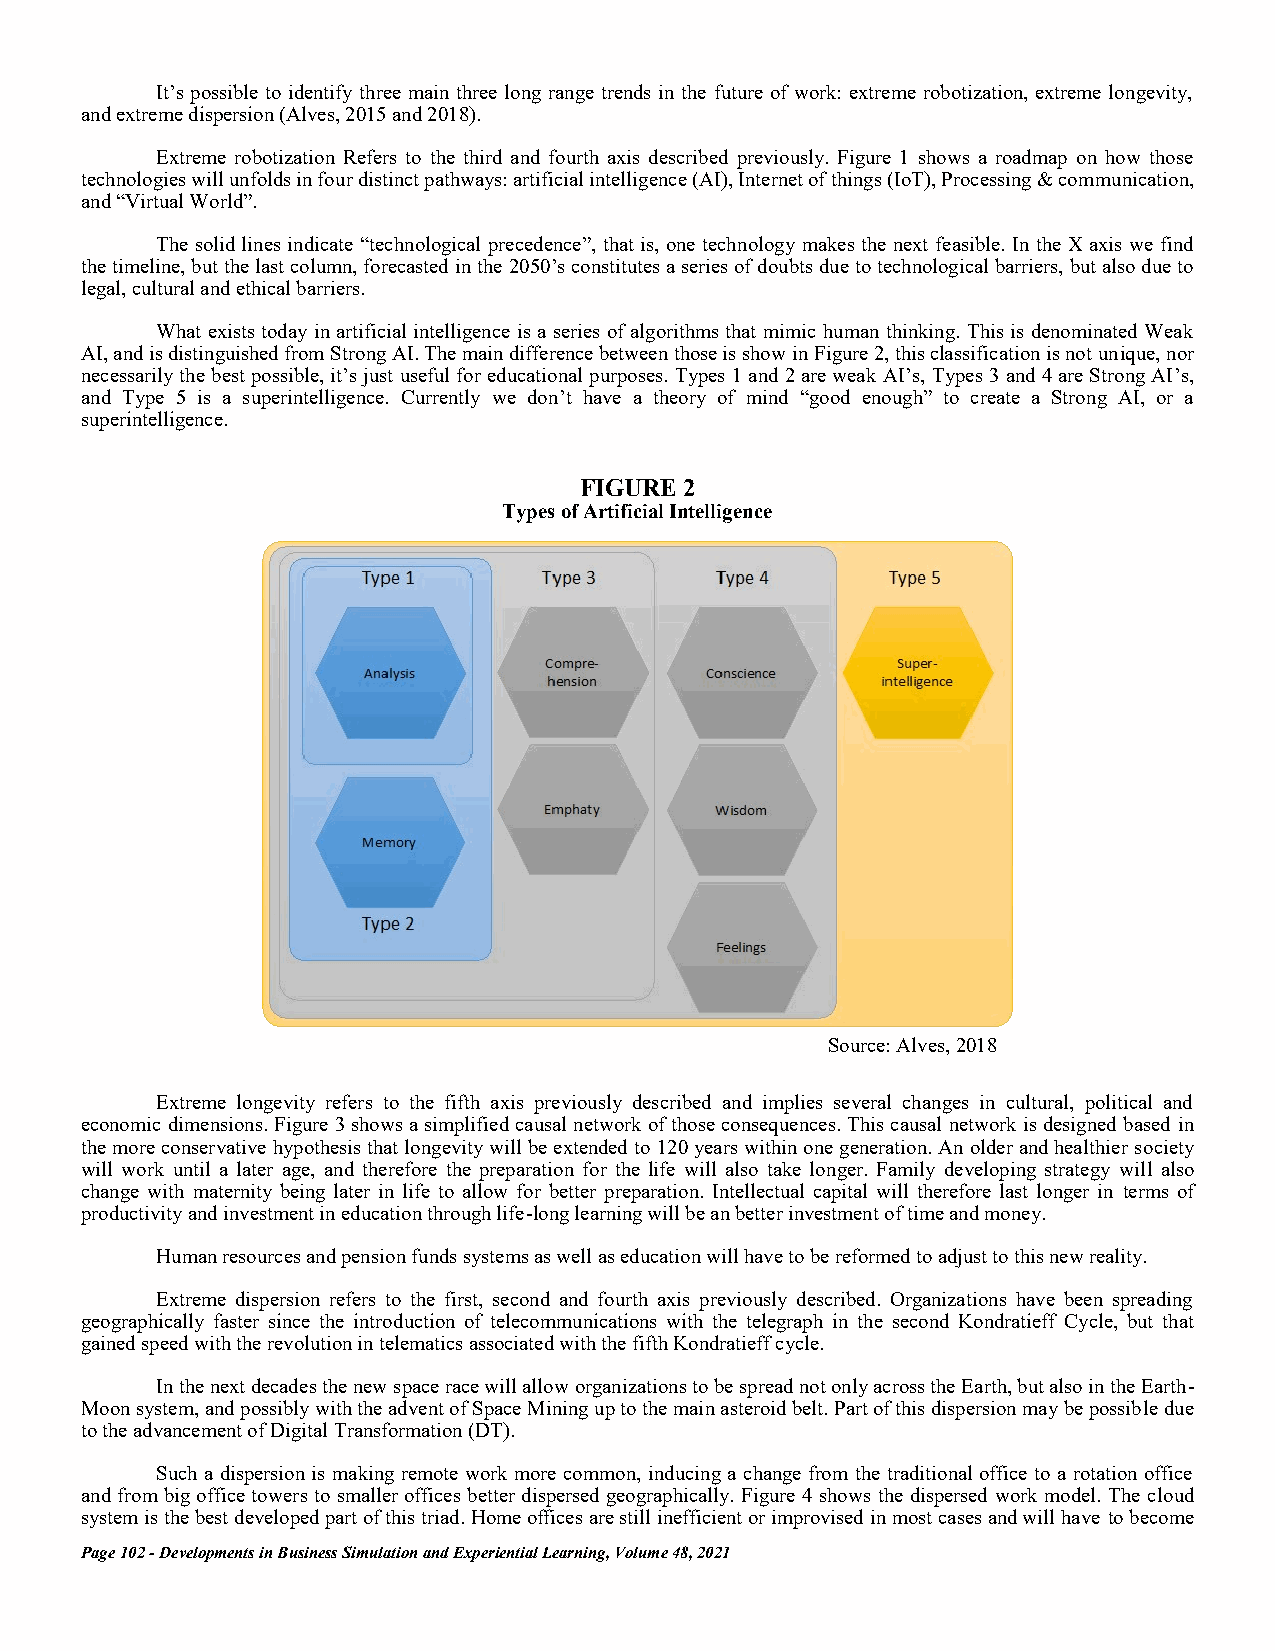
It’s possible to identify three main three long range trends in the future of work: extreme robotization, extreme longevity,
 and extreme dispersion (Alves, 2015 and 2018).
 Extreme robotization Refers to the third and fourth axis described previously. Figure 1 shows a roadmap on how those
 technologies will unfolds in four distinct pathways: artificial intelligence (AI), Internet of things (IoT), Processing & communication,
 and “Virtual World”.
 The solid lines indicate “technological precedence”, that is, one technology makes the next feasible. In the X axis we find
 the timeline, but the last column, forecasted in the 2050’s constitutes a series of doubts due to technological barriers, but also due to
 legal, cultural and ethical barriers.
 What exists today in artificial intelligence is a series of algorithms that mimic human thinking. This is denominated Weak
 AI, and is distinguished from Strong AI. The main difference between those is show in Figure 2, this classification is not unique, nor
 necessarily the best possible, it’s just useful for educational purposes. Types 1 and 2 are weak AI’s, Types 3 and 4 are Strong AI’s,
 and Type 5 is a superintelligence. Currently we don’t have a theory of mind “good enough” to create a Strong AI, or a
 superintelligence.
 FIGURE 2
 Types of Artificial Intelligence
 Source: Alves, 2018
 Extreme longevity refers to the fifth axis previously described and implies several changes in cultural, political and
 economic dimensions. Figure 3 shows a simplified causal network of those consequences. This causal network is designed based in
 the more conservative hypothesis that longevity will be extended to 120 years within one generation. An older and healthier society
 will work until a later age, and therefore the preparation for the life will also take longer. Family developing strategy will also
 change with maternity being later in life to allow for better preparation. Intellectual capital will therefore last longer in terms of
 productivity and investment in education through life-long learning will be an better investment of time and money.
 Human resources and pension funds systems as well as education will have to be reformed to adjust to this new reality.
 Extreme dispersion refers to the first, second and fourth axis previously described. Organizations have been spreading
 geographically faster since the introduction of telecommunications with the telegraph in the second Kondratieff Cycle, but that
 gained speed with the revolution in telematics associated with the fifth Kondratieff cycle.
 In the next decades the new space race will allow organizations to be spread not only across the Earth, but also in the Earth-
 Moon system, and possibly with the advent of Space Mining up to the main asteroid belt. Part of this dispersion may be possible due
 to the advancement of Digital Transformation (DT).
 Such a dispersion is making remote work more common, inducing a change from the traditional office to a rotation office
 and from big office towers to smaller offices better dispersed geographically. Figure 4 shows the dispersed work model. The cloud
 system is the best developed part of this triad. Home offices are still inefficient or improvised in most cases and will have to become
 Page 102 - Developments in Business Simulation and Experiential Learning, Volume 48, 2021